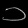
Digit: ၁